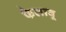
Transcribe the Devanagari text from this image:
फैलावू